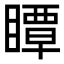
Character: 瞫